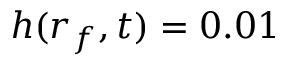
h ( r _ { f } , t ) = 0 . 0 1